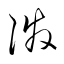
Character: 潑